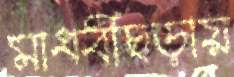
মাধবীছড়ায়